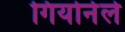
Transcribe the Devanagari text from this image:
गियोर्नले